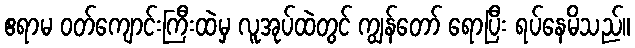
ဧရာမ ဝတ်ကျောင်းကြီးထဲမှ လူအုပ်ထဲတွင် ကျွန်တော် ရောပြီး ရပ်နေမိသည်။